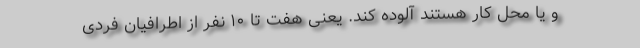
و یا محل کار هستند آلوده کند. یعنی هفت تا ۱۰ نفر از اطرافیان فردی